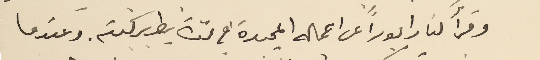
وقرأ لنا رابوراً عن اعماله المجيدة في مدة بطريركيته. وعندما